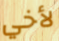
لأخي